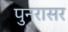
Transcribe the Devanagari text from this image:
पुनरासर